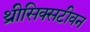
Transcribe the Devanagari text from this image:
थ्रीसिक्सटीवन